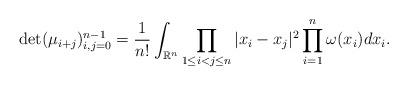
LaTeX: \begin{align*}\det(\mu_{i+j})_{i,j=0}^{n-1}=\frac{1}{n!}\int_{\mathbb{R}^n}\prod_{1\leq i<j\leq n}|x_i-x_j|^2\prod_{i=1}^n \omega(x_i)dx_i.\end{align*}